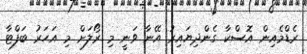
ރެޑްމެއިން އޮސްކާ ގެންދިޔައިރު އޭނާ ވަނީ މި ރޯލަށް މި އަހަރު ބަފްޓާ